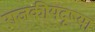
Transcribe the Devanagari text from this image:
राजकीयदृष्या